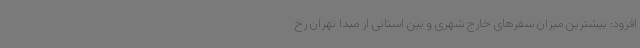
افزود: بیشترین میزان سفرهای خارج شهری و بین استانی از مبدا تهران رخ